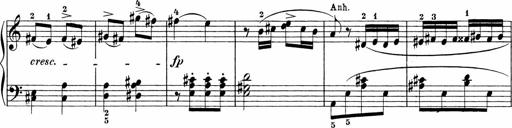
Title: 3 Sonatinas
Composer: Carl Reinecke